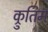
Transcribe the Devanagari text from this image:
क्रुतिम